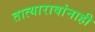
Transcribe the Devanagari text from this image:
तात्यारावांनाही